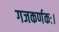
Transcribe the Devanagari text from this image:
गजकर्णकः।